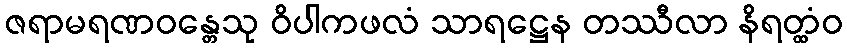
ဇရာမရဏဝန္တေသု ဝိပါကဖလံ သာရဋ္ဌေန တဿီလာ နိရတ္ထံဝ